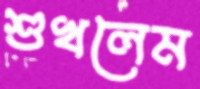
শুখলেম